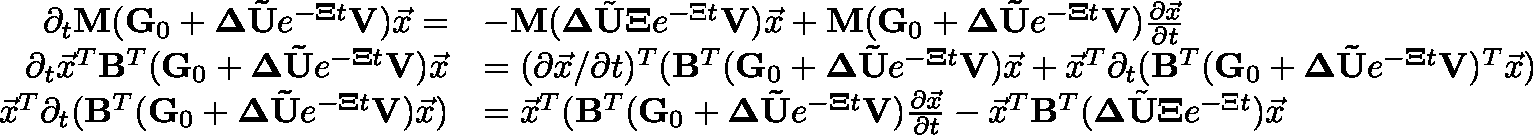
\begin{array} { r l } { \partial _ { t } \mathbf { M } ( \mathbf { G } _ { 0 } + \mathbf { \Delta } \mathbf { \tilde { U } } e ^ { - \mathbf { \Xi } t } \mathbf { V } ) \vec { x } = } & { - \mathbf { M } ( \mathbf { \Delta } \tilde { \mathbf { U } } \mathbf { \Xi } e ^ { - \Xi t } \mathbf { V } ) \vec { x } + \mathbf { M } ( \mathbf { G } _ { 0 } + \mathbf { \Delta } \mathbf { \tilde { U } } e ^ { - \mathbf { \Xi } t } \mathbf { V } ) \frac { \partial \vec { x } } { \partial t } } \\ { \partial _ { t } \vec { x } ^ { T } \mathbf { B } ^ { T } ( \mathbf { G } _ { 0 } + \mathbf { \Delta } \mathbf { \tilde { U } } e ^ { - \mathbf { \Xi } t } \mathbf { V } ) \vec { x } } & { = ( \partial \vec { x } / \partial t ) ^ { T } ( \mathbf { B } ^ { T } ( \mathbf { G } _ { 0 } + \mathbf { \Delta } \mathbf { \tilde { U } } e ^ { - \mathbf { \Xi } t } \mathbf { V } ) \vec { x } + \vec { x } ^ { T } \partial _ { t } ( \mathbf { B } ^ { T } ( \mathbf { G } _ { 0 } + \mathbf { \Delta } \mathbf { \tilde { U } } e ^ { - \mathbf { \Xi } t } \mathbf { V } ) ^ { T } \vec { x } ) } \\ { \vec { x } ^ { T } \partial _ { t } ( \mathbf { B } ^ { T } ( \mathbf { G } _ { 0 } + \mathbf { \Delta } \mathbf { \tilde { U } } e ^ { - \mathbf { \Xi } t } \mathbf { V } ) \vec { x } ) } & { = \vec { x } ^ { T } ( \mathbf { B } ^ { T } ( \mathbf { G } _ { 0 } + \mathbf { \Delta } \mathbf { \tilde { U } } e ^ { - \mathbf { \Xi } t } \mathbf { V } ) \frac { \partial \vec { x } } { \partial t } - \vec { x } ^ { T } \mathbf { B } ^ { T } ( \mathbf { \Delta } \tilde { \mathbf { U } } \mathbf { \Xi } e ^ { - \Xi t } ) \vec { x } } \end{array}